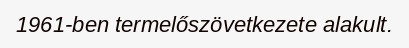
1961-ben termelőszövetkezete alakult.